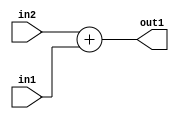
`timescale 1ps / 1ps
/*****************************************************************************
    Verilog RTL Description
    
    
    Created by: Stratus DpOpt 21.05.01 
*******************************************************************************/

module SobelFilter_Add_6Ux5U_7S_4 (
	in2,
	in1,
	out1
	); /* architecture "behavioural" */ 
input [5:0] in2;
input [4:0] in1;
output [6:0] out1;
wire [6:0] asc001;

assign asc001 = 
	+(in2)
	+(in1);

assign out1 = asc001;
endmodule

/* CADENCE  ubD4Twg= : u9/ySxbfrwZIxEzHVQQV8Q== ** DO NOT EDIT THIS LINE ******/